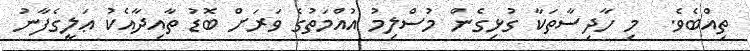
ތިއްބެވެ.  މި ހާދިސާތަކާ ގުޅިގެން މުސްލިމު އުއްމަތުގެ ވަރަށް ބޮޑު ތާއިދާއެކު ޢަލީގެފާނު